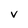
Character: v